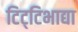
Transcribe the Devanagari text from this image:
टिट्‌टिभाद्या